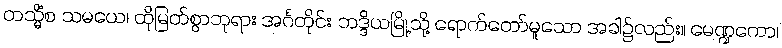
တသ္မိံစ သမယေ၊ ထိုမြတ်စွာဘုရား အင်္ဂတိုင်း ဘဒ္ဒိယမြို့သို့ ရောက်တော်မူသော အခါ၌လည်း။ မေဏ္ဍကော၊